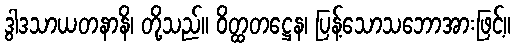
ဒွါဒသာယတနာနိ၊ တို့သည်။ ဝိတ္ထတဋ္ဌေန၊ ပြန့်သောသဘောအားဖြင့်။